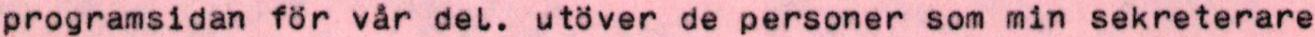
programsidan för vår del. utöver de personer som min sekreterare